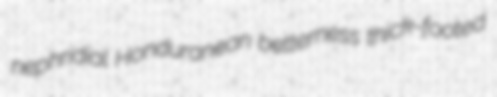
nephridial Honduranean betterness thick-footed